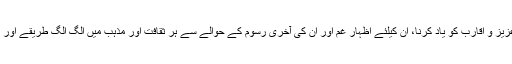
فوت ہونے والے عزیز و اقارب کو یاد کرنا، ان کیلئے اظہار غم اور ان کی آخری رسوم کے حوالے سے ہر ثقافت اور مذہب میں الگ الگ طریقے اور رسومات رائج ہیں۔